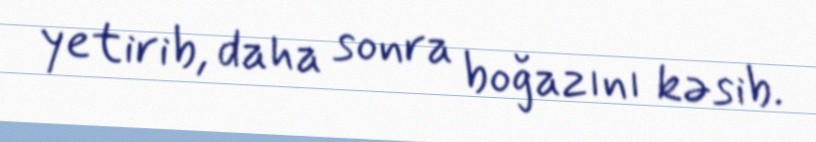
yetirib, daha sonra boğazını kəsib.